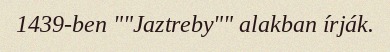
1439-ben ""Jaztreby"" alakban írják.